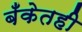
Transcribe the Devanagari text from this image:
बँकेतही